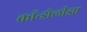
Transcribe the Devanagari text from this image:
कॉन्डोलीझा